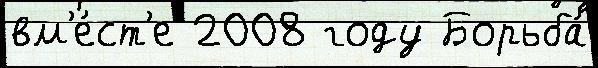
вм'е́ст'е 2008 году Борьба́